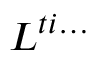
L ^ { t i \ldots }